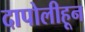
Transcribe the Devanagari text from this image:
दापोलीहून